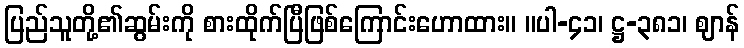
ပြည်သူတို့၏ဆွမ်းကို စားထိုက်ပြီဖြစ်ကြောင်းဟောထား။ ။ပါ-၄၁၊ ဋ္ဌ-၃၈၁၊ ဈာန်